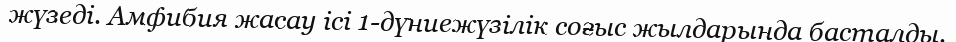
жүзеді. Амфибия жасау ісі 1-дүниежүзілік соғыс жылдарында басталды.